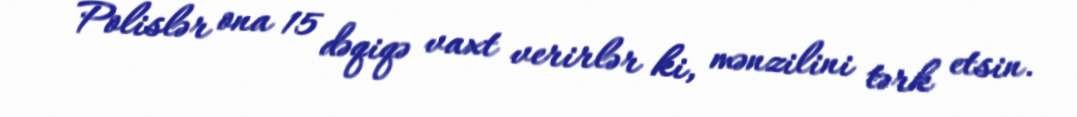
Polislər ona 15 dəqiqə vaxt verirlər ki, mənzilini tərk etsin.